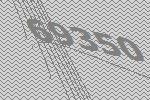
69350